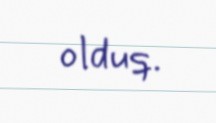
olduq.